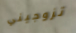
تزوجيني